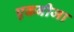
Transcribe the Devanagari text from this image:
एकबीजा